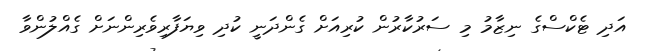
އަދި ޓެކްސްގެ ނިޒާމު މި ސަރުކާރުން ކުރިއަށް ގެންދަނީ ކުދިި ވިޔަފާރިވެރިންނަށް ގެއްލުންވާ